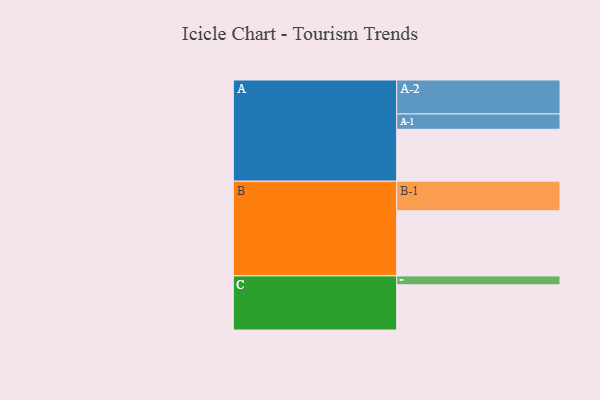
{"axis": {"x": "Segment", "y": "Value"}, "legend": ["", "A", "B", "C"], "data": [{"x": "A", "y": 431, "type": ""}, {"x": "B", "y": 541, "type": ""}, {"x": "C", "y": 375, "type": ""}, {"x": "A-1", "y": 127, "type": "A"}, {"x": "A-2", "y": 282, "type": "A"}, {"x": "B-1", "y": 245, "type": "B"}, {"x": "C-1", "y": 74, "type": "C"}]}